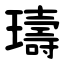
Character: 璹